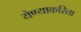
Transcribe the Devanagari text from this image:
येण्याकरिता